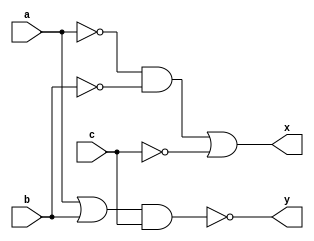
`timescale 1ns / 1ps

/*
Company: Sogang University
Engineer: G_EEE3
Create Date: 2021/10/07 15:27:48
Module Name: boolean_function_b
*/

module boolean_function_b(
    input a, b, c,
    output x, y
);

assign x = (~a & ~b) | ~c;
assign y = ~((a | b) & c);

endmodule